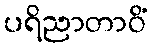
ပရိညာတာဝိံ